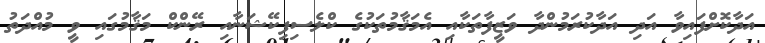
އަދާކޮށްފައިވާ އަދި އަދާކުރަމުންދާ ވަޒީފާތަކާއި އެމަޤާމުތަކުގެ ކްލެސިފިކޭޝަނާއި ރޭންކް މަޤާމުގައި ވީ މުއްދަތު